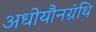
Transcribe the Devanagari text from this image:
अधोयौनग्रंथि